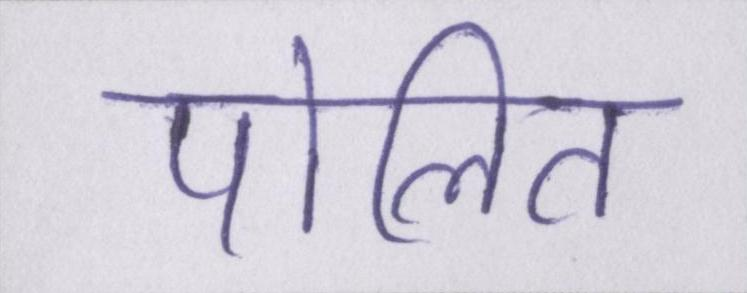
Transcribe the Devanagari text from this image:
पोलित